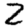
Digit: 2